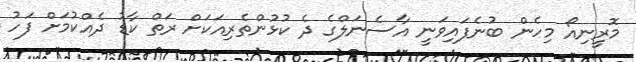
މޮރީނިއޯ މިހެން ބުނެފައިވަނީ އާސެނަލްގެ ދެ ކުޅުންތެރިއަކަށް ރަތް ކާޑު ދެއްކުމަށް ފަހު